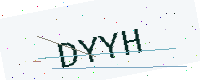
Text: DYYH